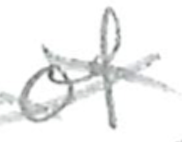
Text: of
Cross-out: cross
Writing tool: pencil